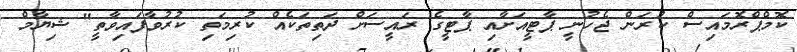
ކޮމްޕްރޮމައިސް ކުރަން ޖެހުނީ ޕާޓީއަށާއި ޕާޓީގެ ރައީސަށް ދަތިތަކެއް ކުރިމަތި ކުރުވާފައިވާތީ" ޝިޔާމް